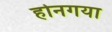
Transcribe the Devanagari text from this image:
होनगया